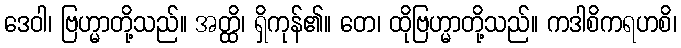
ဒေဝါ၊ ဗြဟ္မာတို့သည်။ အတ္ထိ၊ ရှိကုန်၏။ တေ၊ ထိုဗြဟ္မာတို့သည်။ ကဒါစိကရဟစိ၊